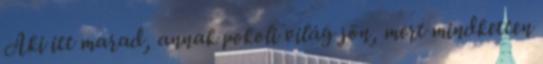
Aki itt marad, annak pokoli világ jön, mert mindketten